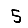
Digit: 5